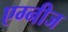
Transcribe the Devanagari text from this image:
एग्नीज